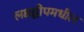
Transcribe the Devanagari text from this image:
लक्षद्वीपमधील